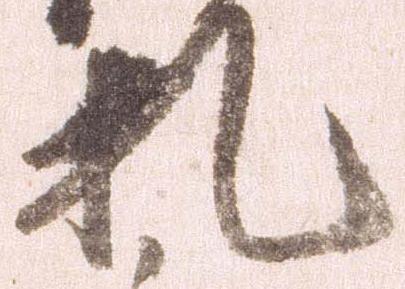
札